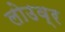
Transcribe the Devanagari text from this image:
लोउव्र